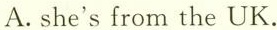
A.she'sfrom the UK.